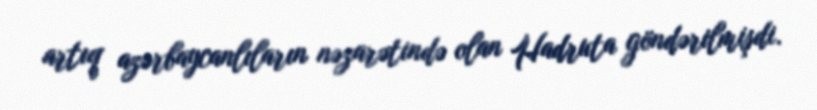
artıq azərbaycanlıların nəzarətində olan Hadruta göndərilmişdi.